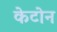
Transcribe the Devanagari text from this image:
केटोन